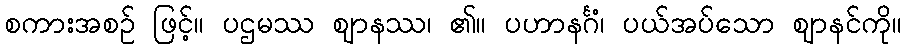
စကားအစဉ် ဖြင့်။ ပဌမဿ ဈာနဿ၊ ၏။ ပဟာနင်္ဂံ၊ ပယ်အပ်သော ဈာနင်ကို။